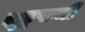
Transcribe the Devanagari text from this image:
झुडूपाची